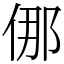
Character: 㑚